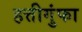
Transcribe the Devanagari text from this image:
हत्तीगुंफा